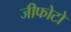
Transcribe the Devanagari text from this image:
जीफोटो